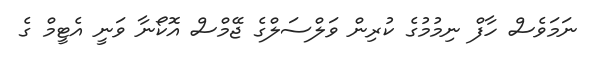
ނަމަވެސް ހާފް ނިމުމުގެ ކުރިން ވަލްސަލްގެ ޖޭމްސް އޮކޯނާ ވަނީ އެޓީމް ގެ